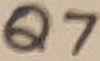
Text: Q7